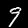
Digit: 9